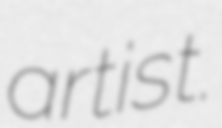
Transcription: artist.